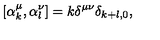
\left[ \alpha _ { k } ^ { \mu } , \alpha _ { l } ^ { \nu } \right] = k \delta ^ { \mu \nu } \delta _ { k + l , 0 } ,